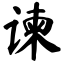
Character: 谏